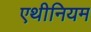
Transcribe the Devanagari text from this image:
एथीनियम